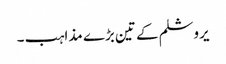
یروشلم کے تین بڑے مذاہب ۔